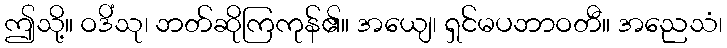
ဤသို့။ ဝဒိံသု၊ ဘတ်ဆိုကြကုန်၏။ အယျေ၊ ရှင်မပဘာဝတီ။ အညေသံ၊